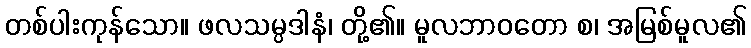
တစ်ပါးကုန်သော။ ဖလသမ္ပဒါနံ၊ တို့၏။ မူလဘာဝတော စ၊ အမြစ်မူလ၏